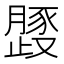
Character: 𱥈